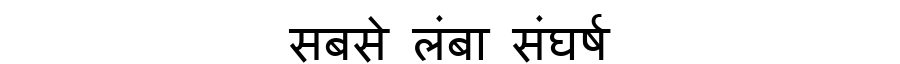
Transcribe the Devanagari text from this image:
सबसे लंबा संघर्ष